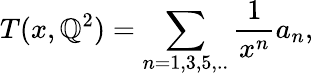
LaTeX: T(x,\mathbb{Q}^{2})=\sum_{n=1,3,5,..}\frac{{1}}{{x^{n}}}a_{n},